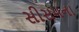
સીસમના